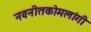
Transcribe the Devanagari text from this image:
नवनीतकोमलांगी